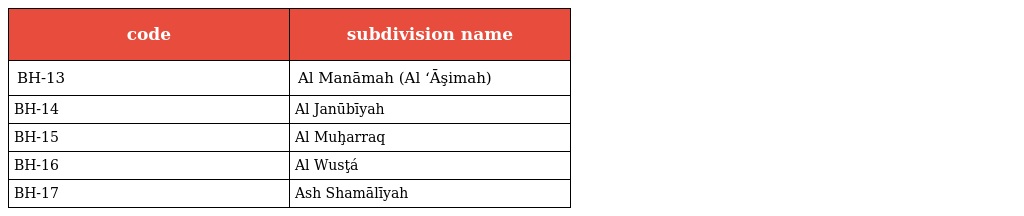
| code | subdivision name |
 | --- | --- |
 | BH-13 | Al Manāmah (Al ‘Āşimah) |
 | BH-14 | Al Janūbīyah |
 | BH-15 | Al Muḩarraq |
 | BH-16 | Al Wusţá |
 | BH-17 | Ash Shamālīyah |